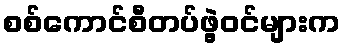
စစ်ကောင်စီတပ်ဖွဲ့ဝင်များက